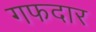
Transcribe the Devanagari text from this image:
गफदार